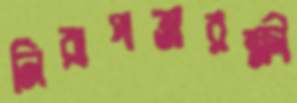
নিরাপত্তারক্ষী